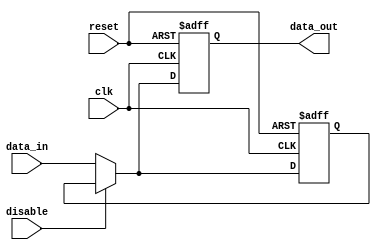
module Disable (
    input wire clk,               // Clock signal
    input wire reset,             // Asynchronous reset signal
    input wire disable,           // Control signal to disable the block
    input wire [N-1:0] data_in,   // Input data (N bits wide)
    output reg [N-1:0] data_out   // Output data (N bits wide)
);
    parameter N = 8;              // Parameter to define the width of data

    // Internal register to hold the last valid output
    reg [N-1:0] last_valid_output;

    always @(posedge clk or posedge reset) begin
        if (reset) begin
            // Reset condition
            data_out <= 0;          // Reset output to 0 or any predefined state
            last_valid_output <= 0;  // Reset last valid output
        end else if (disable) begin
            // When disabled, maintain the last valid output
            data_out <= last_valid_output;
        end else begin
            // Normal operation
            data_out <= data_in;     // Process input data
            last_valid_output <= data_in; // Update last valid output
        end
    end
endmodule